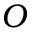
O